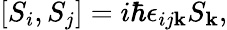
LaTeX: [S_{i},S_{j}]=i\hbar\epsilon_{ij\mathbf{k}}S_{\mathbf{k}},